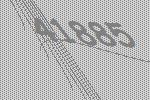
41885